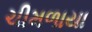
ચીમળાયા